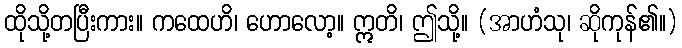
ထိုသို့တပြီးကား။ ကထေဟိ၊ ဟောလော့။ ဣတိ၊ ဤသို့။ (အာဟံသု၊ ဆိုကုန်၏။)